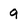
Character: 9